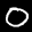
Label: 0